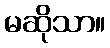
မဆိုသာ။